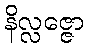
နိလ္လဇ္ဇော